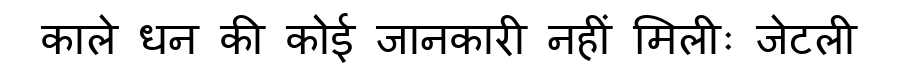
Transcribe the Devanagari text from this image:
काले धन की कोई जानकारी नहीं मिलीः जेटली